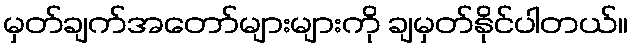
မှတ်ချက်အတော်များများကို ချမှတ်နိုင်ပါတယ်။